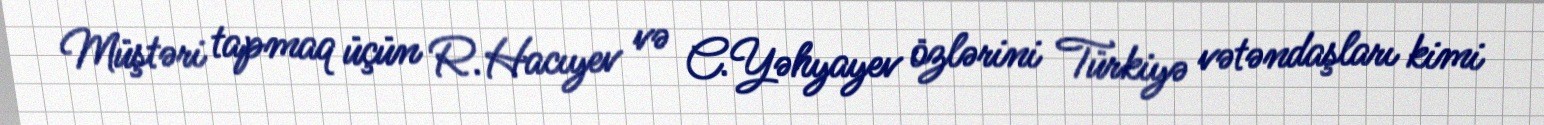
Müştəri tapmaq üçün R.Hacıyev və C.Yəhyayev özlərini Türkiyə vətəndaşları kimi